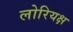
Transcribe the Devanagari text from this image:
लोरियक्ष